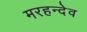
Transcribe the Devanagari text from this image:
मरहन्देव